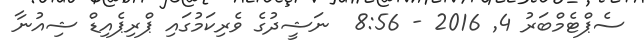
ސެޕްޓެމްބަރު 4